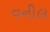
વનીલ